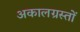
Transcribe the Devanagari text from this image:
अकालग्रस्तों